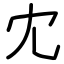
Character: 冘